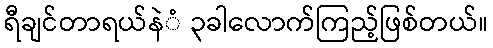
ရီချင်တာရယ်နဲံ ၃ခါလောက်ကြည့်ဖြစ်တယ်။